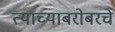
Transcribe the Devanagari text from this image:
त्याच्याबरोबरचे